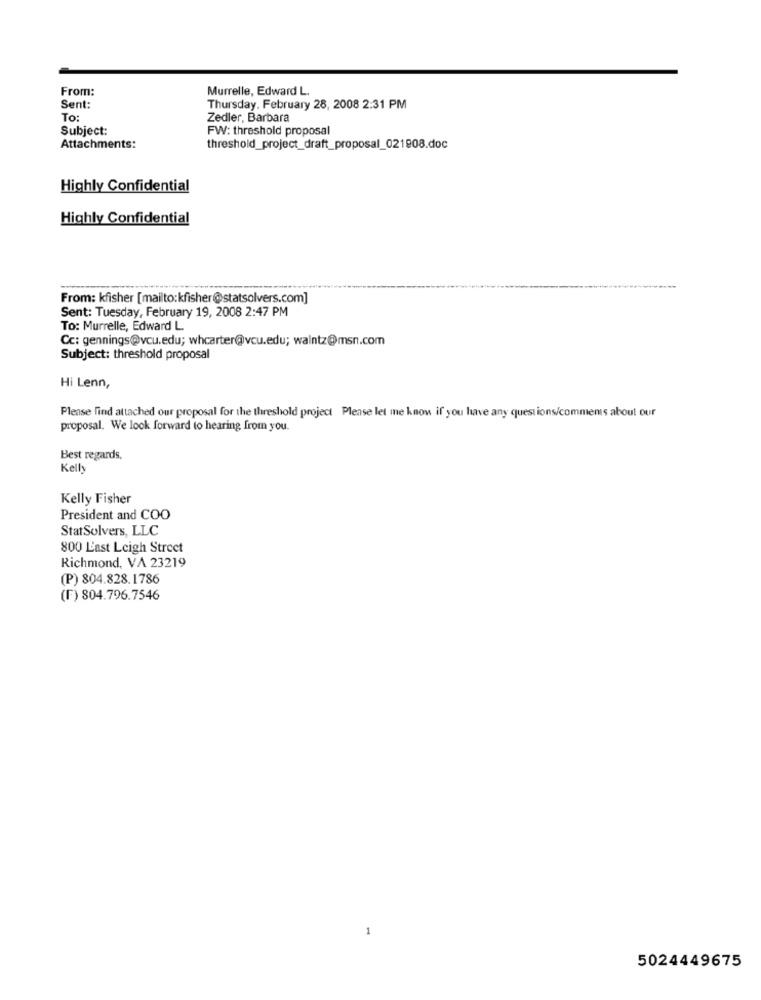
From:
Murrelle, Edward L.
Sent:
Thursday, February 28, 2008 2:31 PM
To:
Zedler, Barbara
Subject:
FW: threshold proposal
Attachments:
threshold_project_draft_proposal_021908.doc
Highly Confidential
Highly Confidential
From: kfisher [mailto:kfisher@statsolvers.com]
Sent: Tuesday, February 19, 2008 2:47 PM
To: Murrelle, Edward L.
Cc: gennings@vcu.edu; whcarter@vcu.edu; walntz@msn.com
Subject: threshold proposal
Hi Lenn,
Please find attached our proposal for the threshold project Please let me know if you have any questions/comments about our
proposal. We look forward to hearing from you.
Best regards,
Kelly
Kelly Fisher
President and COO
StatSolvers, LLC
800 Last Leigh Street
Richmond, VA 23219
(P) 804.828.1786
(F) 804.796.7546
5024449675